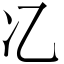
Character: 𫤾